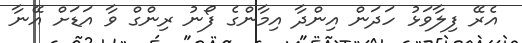
އެރޭ ފިލާވަޅު ހަދަން އިންދާ އިމާންގެ ފޯނު ރިންގް ވާ އަޑަށް އޭނާ